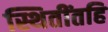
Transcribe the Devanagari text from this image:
स्थितींतहि